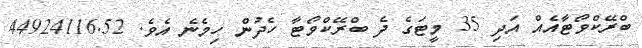
ބްރޭކްވޯޓާއެއް އަދި 35 މީޓަގެ ދެ ބްރޭކްވޯޓާ ހެދުން ހިމެނެ އެވެ. 44924116.52